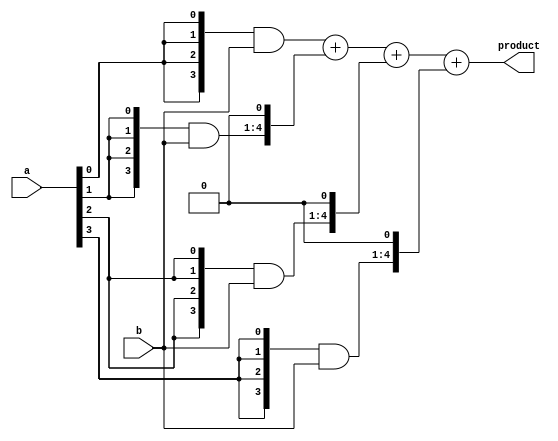
`timescale 1ns / 1ps
module multiplier_4bit(a,b,product);
input [3:0] a,b;
output [7:0] product;
 wire [3:0] m0;
 wire [4:0] m1;
 wire [5:0] m2;
 wire [6:0] m3;
 
 //middle terms
 wire [7:0] s1,s2,s3;
 
 assign m0={4{a[0]}}&b[3:0];
 assign m1={4{a[1]}}&b[3:0];
 assign m2={4{a[2]}}&b[3:0];
 assign m3={4{a[3]}}&b[3:0];
 
 assign s1= m0+(m1<<1);
 assign s2= s1+(m2<<1);
 assign s3= s2+(m3<<1);
 assign product=s3;
 endmodule